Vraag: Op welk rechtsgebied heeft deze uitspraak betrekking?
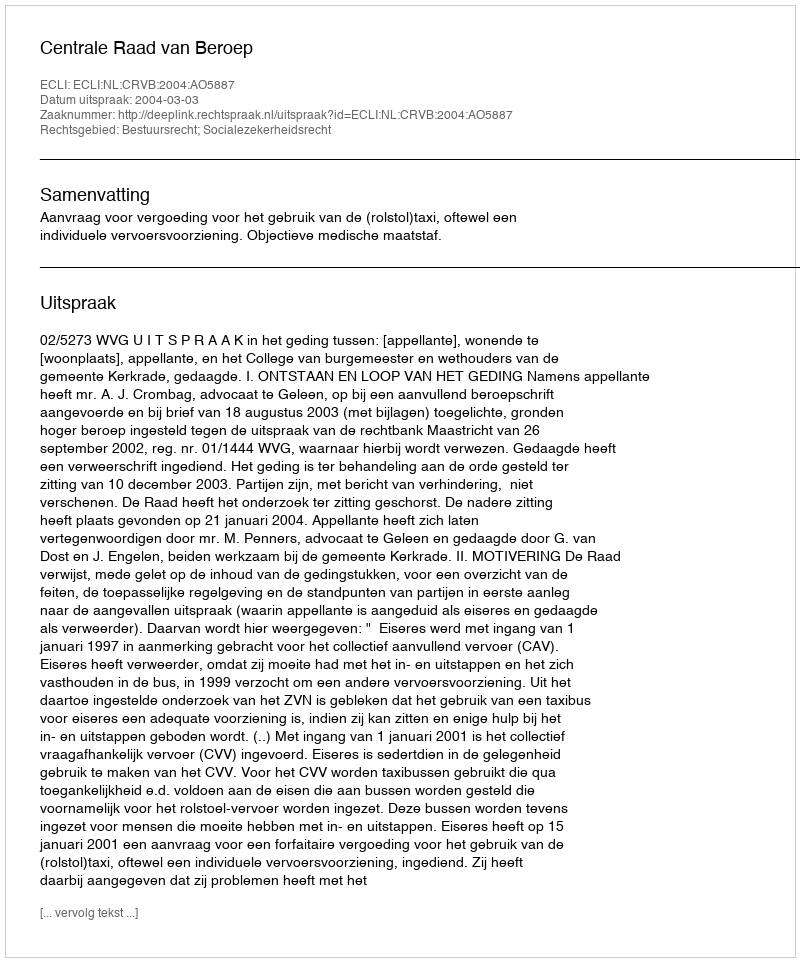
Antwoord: Bestuursrecht; Socialezekerheidsrecht